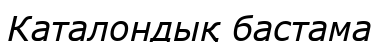
Каталондық бастама